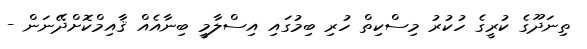
ތިނަދޫގެ ކުރީގެ ހުކުރު މިސްކިތް ހުރި ބިމުގައި އިސްލާމީ ބިނާއެއް ޤާއިމްކޮށްދޭނަން -